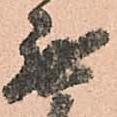
無